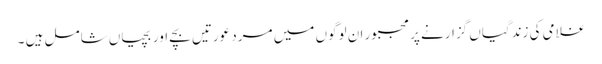
غلامی کی زندگیاں گزارنے پر مجبور ان لوگوں میں مرد عورتیں بچے اور بچیاں شامل ہیں ۔